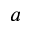
a